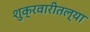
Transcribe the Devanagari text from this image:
शुक्रवारीतल्या